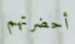
أحضرتهم